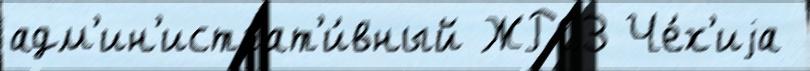
адм'ин'истрат'и́вный ЖРС3 Че́х'иjа